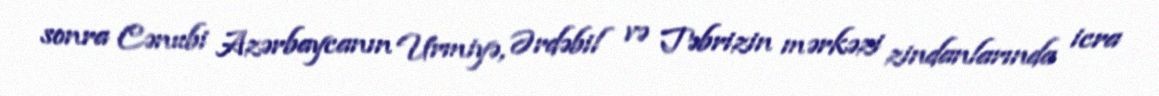
sonra Cənubi Azərbaycanın Urmiyə, Ərdəbil və Təbrizin mərkəzi zindanlarında icra